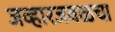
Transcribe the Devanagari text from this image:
जव्हारजवळचा